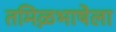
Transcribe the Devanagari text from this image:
तमिऴभाषेला